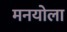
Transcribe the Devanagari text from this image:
मनयोला